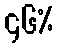
၄၆%